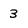
Character: 3